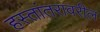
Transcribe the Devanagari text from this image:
हस्तांतरावरील